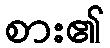
စား၏